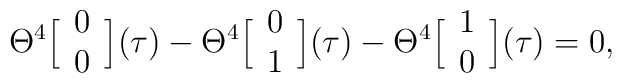
\Theta^4 \Big[  \begin{array}{c}  0 \cr0   \end{array} \Big] (\tau)   -\Theta^4 \Big[  \begin{array}{c}  0 \cr1   \end{array} \Big] (\tau)   -\Theta^4 \Big[  \begin{array}{c}  1 \cr0   \end{array} \Big] (\tau)    = 0,